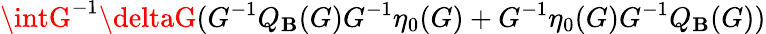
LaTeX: \intG^{-1}\deltaG(G^{-1}Q_{\mathbf{B}}(G)G^{-1}\eta_{0}(G)+G^{-1}\eta_{0}(G)G^{-1}Q_{\mathbf{B}}(G))